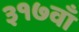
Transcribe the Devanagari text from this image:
३१७वाँ